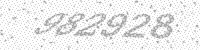
Solution: 982928